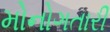
મોનોગતારી